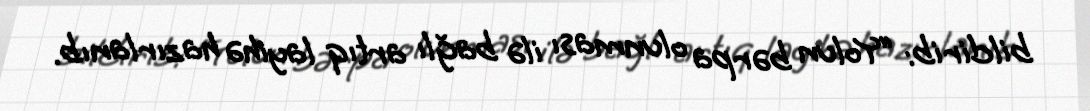
bildirib: “Yolun bərpa olunması ilə bağlı artıq layihə hazırlanıb.